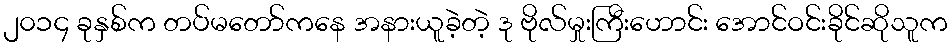
၂၀၁၄ ခုနှစ်က တပ်မတော်ကနေ အနားယူခဲ့တဲ့ ဒု ဗိုလ်မှုးကြီးဟောင်း အောင်ဝင်းခိုင်ဆိုသူက